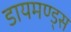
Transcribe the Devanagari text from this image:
डायमण्ड्स